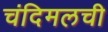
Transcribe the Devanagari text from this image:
चंदिमलची